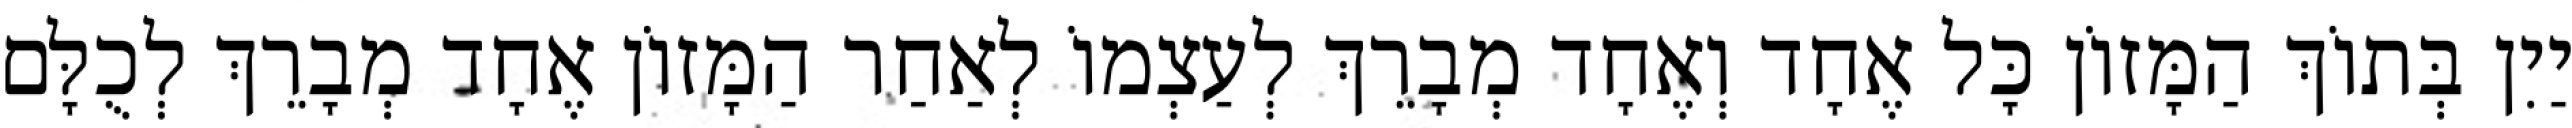
יַיִן בְּתוֹךְ הַמָּזוֹן כָּל אֶחָד וְאֶחָד מְבָרֵךְ לְעַצְמוֹ לְאַחַר הַמָּזוֹן אֶחָד מְבָרֵךְ לְכֻלָּם